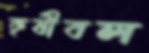
কৃষীবল